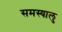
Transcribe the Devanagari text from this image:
समस्यालु